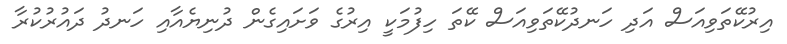
އިރުކޭތަވިއަސް އަދި ހަނދުކޭތަވިއަސް ކޭތަ ހިފުމަކީ އިރުގެ ވަށައިގެން ދުނިޔެއާއި ހަނދު ދައުރުކުރާ